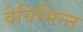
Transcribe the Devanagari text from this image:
वेविभिन्न